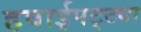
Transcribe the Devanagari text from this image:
हवाईपट्ट्या